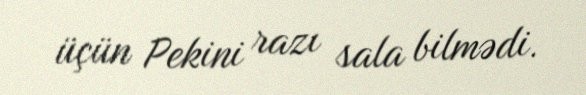
üçün Pekini razı sala bilmədi.